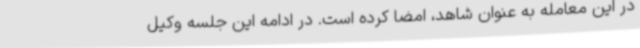
در این معامله به عنوان شاهد، امضا کرده است. در ادامه این جلسه وکیل